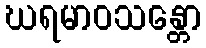
ဃရမာဝသန္တော